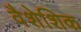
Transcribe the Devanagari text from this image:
वैशेशिक